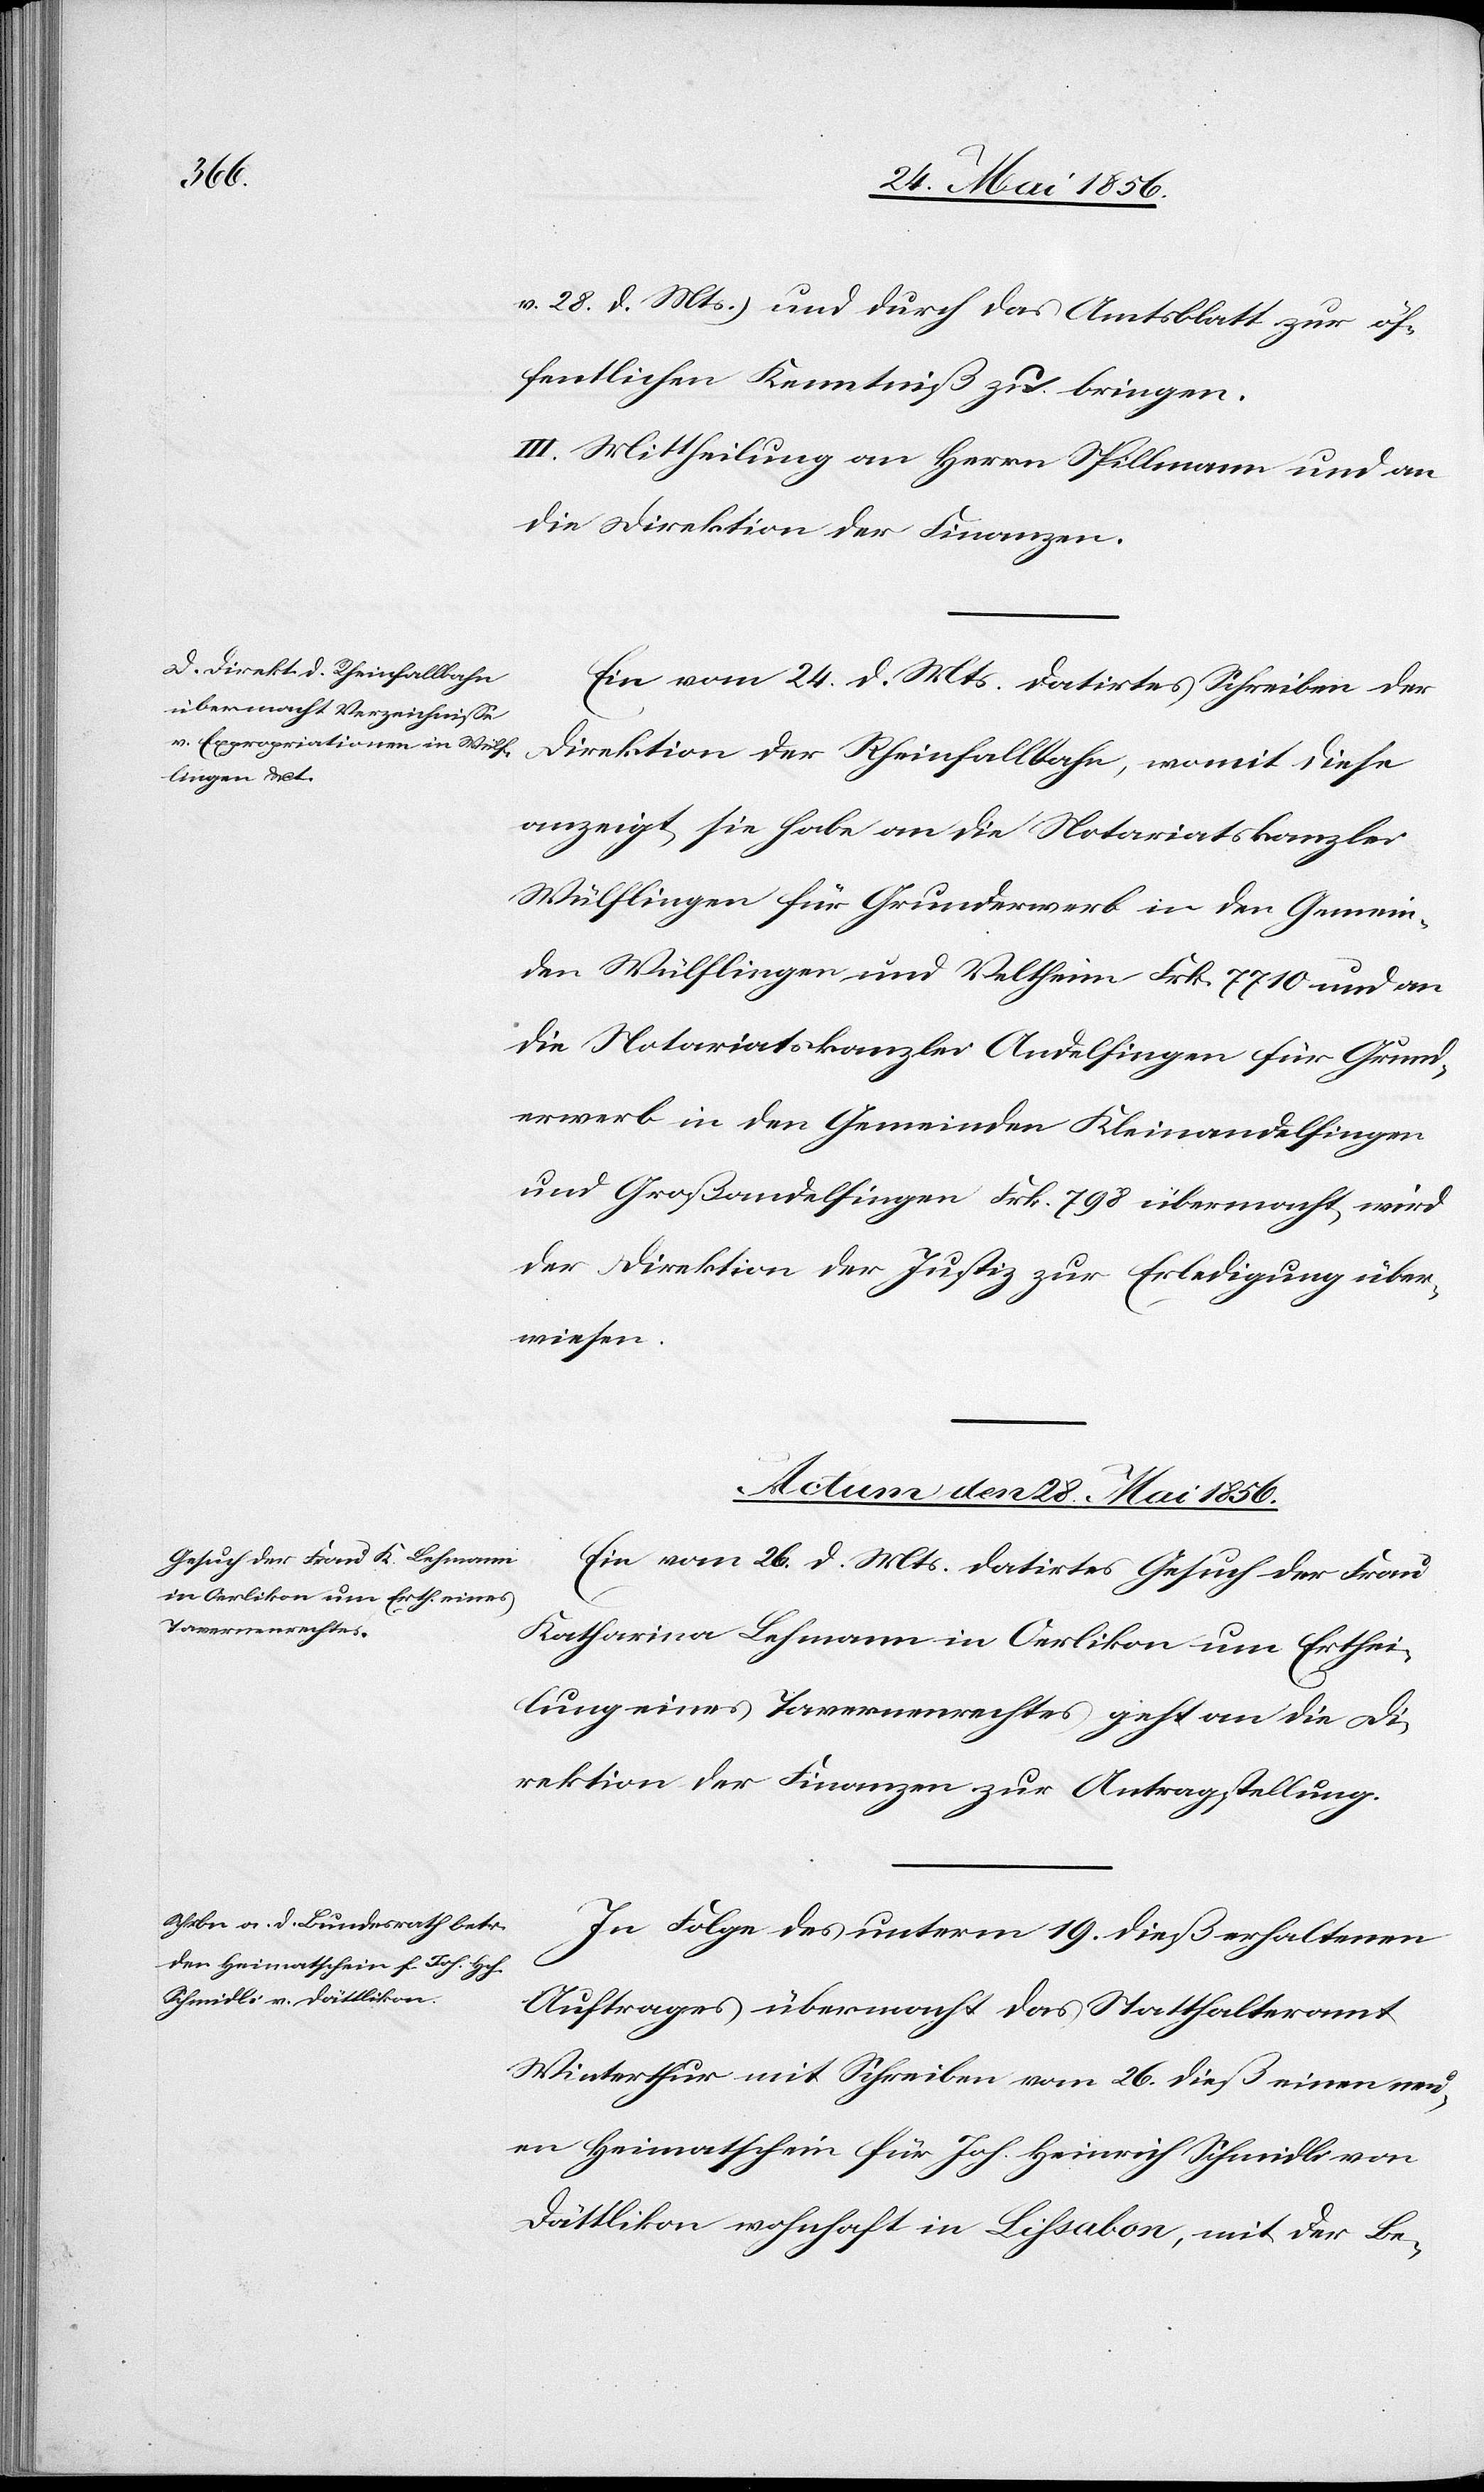
v. 28. d. Mts.) und durch das Amtsblatt zur öf¬
fentlichen Kenntniß zu bringen.
III. Mittheilung an den Herrn Spillmann und an
die Direktion der Finanzen.
Ein vom 24. d. Mts. datirtes Schreiben der
Direktion der Rheinfallbahn, womit diese
anzeigt, sie habe an die Notariatskanzlei
Wülflingen für Grunderwerb in den Gemein¬
den Wülflingen und Veltheim Frk. 7710 und an
die Notariatskanzlei Andelfingen für Grund¬
erwerb in den Gemeinden Kleinandelfingen
und Großandelfingen Frk. 798 übermacht, wird
der Direktion der Justiz zur Erledigung über¬
wiesen.
Actum den 28. Mai 1856.]
Ein vom 26. d. Mts. datirtes Gesuch der Frau
Katharina Lehmann in Oerlikon um Erthei¬
lung eines Tavernenrechtes geht an die Di¬
rektion der Finanzen zur Antragstellung.
In Folge des unterm 19. dieß erhaltenen
Auftrages übermacht das Statthalteramt
Winterthur mit Schreiben vom 26. dieß einen neu¬
en Heimatschein für Joh. Heinrich Schmidli von
Dättlikon wohnhaft in Lissabon, mit der Be-